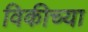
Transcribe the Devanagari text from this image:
विकीच्या